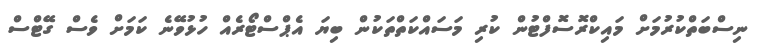
ނިސްބަތްކުރުމަށް މައިކްރޮސޮފްޓުން ކުރި މަސައްކަތްތަކުން ބިޔަ އެޕްސްޓޯރެއް ހުޅުވޭނެ ކަމަށް ވެސް ގޭޓްސް